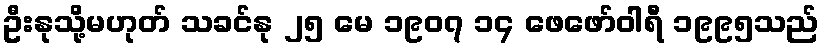
ဦးနုသို့မဟုတ် သခင်နု ၂၅ မေ ၁၉၀၇ ၁၄ ဖေဖော်ဝါရီ ၁၉၉၅သည်